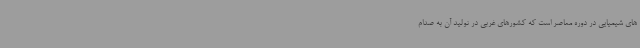
های شیمیایی در دوره معاصر است که کشورهای غربی در تولید آن به صدام